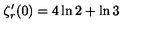
\zeta _ { r } ^ { \prime } ( 0 ) = 4 \ln 2 + \ln 3